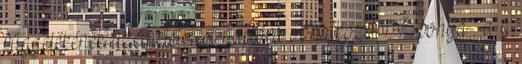
függelékének üzemeletetési naplóra vonatkozó 1.4. pontja : a a